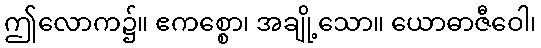
ဤလောက၌။ ဧကစ္စော၊ အချို့သော။ ယောဓာဇီဝေါ၊